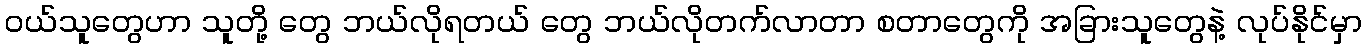
ဝယ်သူတွေဟာ သူတို့ တွေ ဘယ်လိုရတယ် တွေ ဘယ်လိုတက်လာတာ စတာတွေကို အခြားသူတွေနဲ့ လုပ်နိုင်မှာ